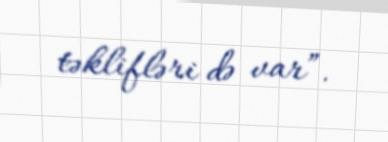
təklifləri də var”.